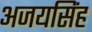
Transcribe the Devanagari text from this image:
अजयसिंह